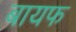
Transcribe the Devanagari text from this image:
बायफ